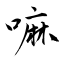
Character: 嘛